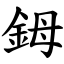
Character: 鉧